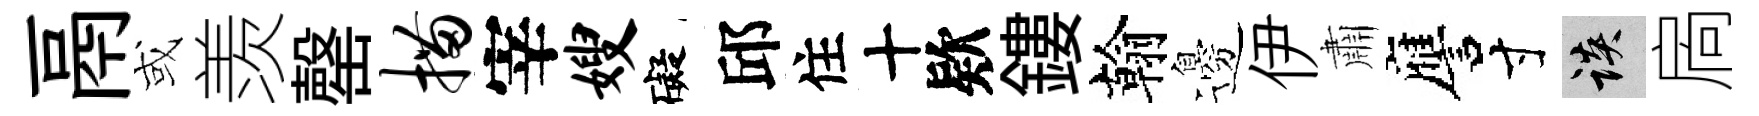
鬲或羡罄描宰嫂礙邱住十欵鏤翰邊伊肅譍寸談扄